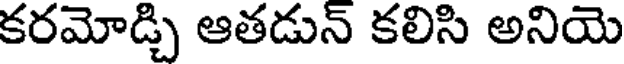
కరమోడ్చి ఆతడున్ కలిసి అనియె